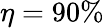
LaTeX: \eta=90\%